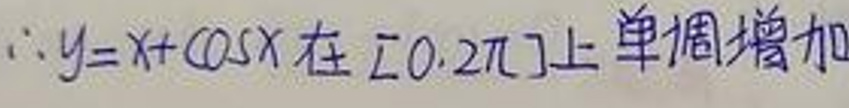
$\therefore y = x+\cos x$在$[0,2\pi]$上单调增加